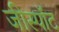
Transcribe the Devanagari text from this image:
जीस्पॉट